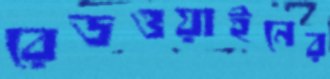
রেডওয়াইনের